Proceedings of the meeting of veterinary officers in India
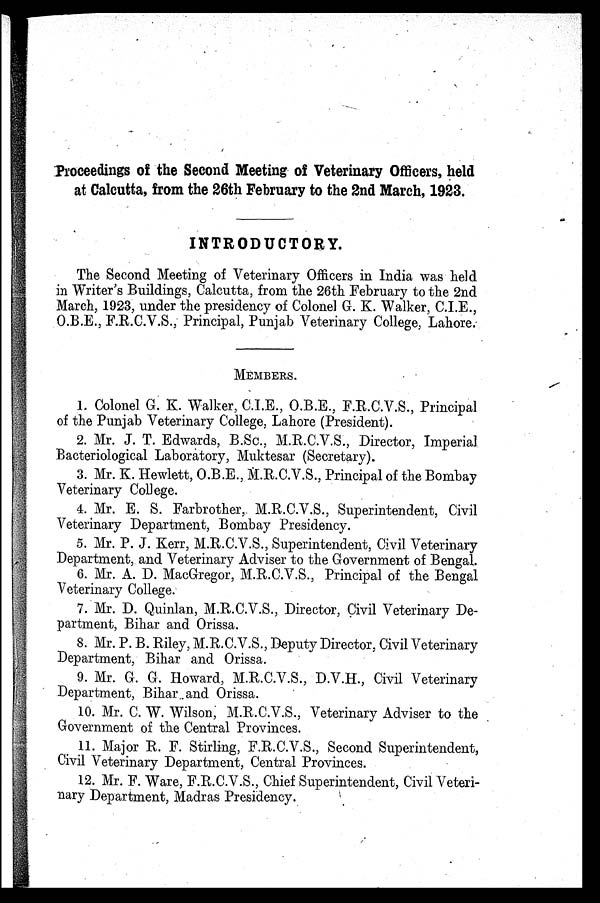
Proceedings of the Second Meeting of Veterinary Officers, held
at Calcutta, from the 26th February to the 2nd March, 1923.
INTRODUCTORY.
The Second Meeting of Veterinary Officers in India was held
in Writer's Buildings, Calcutta, from the 26th February to the 2nd
March, 1923, under the presidency of Colonel G. K. Walker, C.I.E.,
O.B.E., F.R.C.V.S., Principal, Punjab Veterinary College, Lahore.
MEMBERS.
1. Colonel G. K. Walker, C.I.E., O.B.E., F.R.C.V.S., Principal
of the Punjab Veterinary College, Lahore (President).
2. Mr. J. T. Edwards, B.Sc., M.R.C.V.S., Director, Imperial
Bacteriological Laboratory, Muktesar (Secretary).
3. Mr. K. Hewlett, O.B.E., M.R.CV.S., Principal of the Bombay
Veterinary College.
4. Mr. E. S. Farbrother, M.R.C.V.S., Superintendent, Civil
Veterinary Department, Bombay Presidency.
5. Mr. P. J. Kerr, M.R.C.V.S., Superintendent, Civil Veterinary
Department, and Veterinary Adviser to the Government of Bengal.
6. Mr. A. D. MacGregor, M.R.C.V.S., Principal of the Bengal
Veterinary College.
7. Mr. D. Quinlan, M.R.C.V.S., Director, Civil Veterinary De-
partment, Bihar and Orissa.
8. Mr. P. B. Riley, M.R.C.V.S., Deputy Director, Civil Veterinary
Department, Bihar and Orissa.
9. Mr. G. G. Howard, M.R.C.V.S., D.V.H., Civil Veterinary
Department, Bihar and Orissa.
10. Mr. C. W. Wilson, M.R.C.V.S., Veterinary Adviser to the
Government of the Central Provinces.
11. Major R. F. Stirling, F.R.C.V.S., Second Superintendent,
Civil Veterinary Department, Central Provinces.
12. Mr. F. Ware, F.R.C.V.S., Chief Superintendent, Civil Veteri-
nary Department, Madras Presidency.